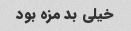
خیلی بد مزه بود